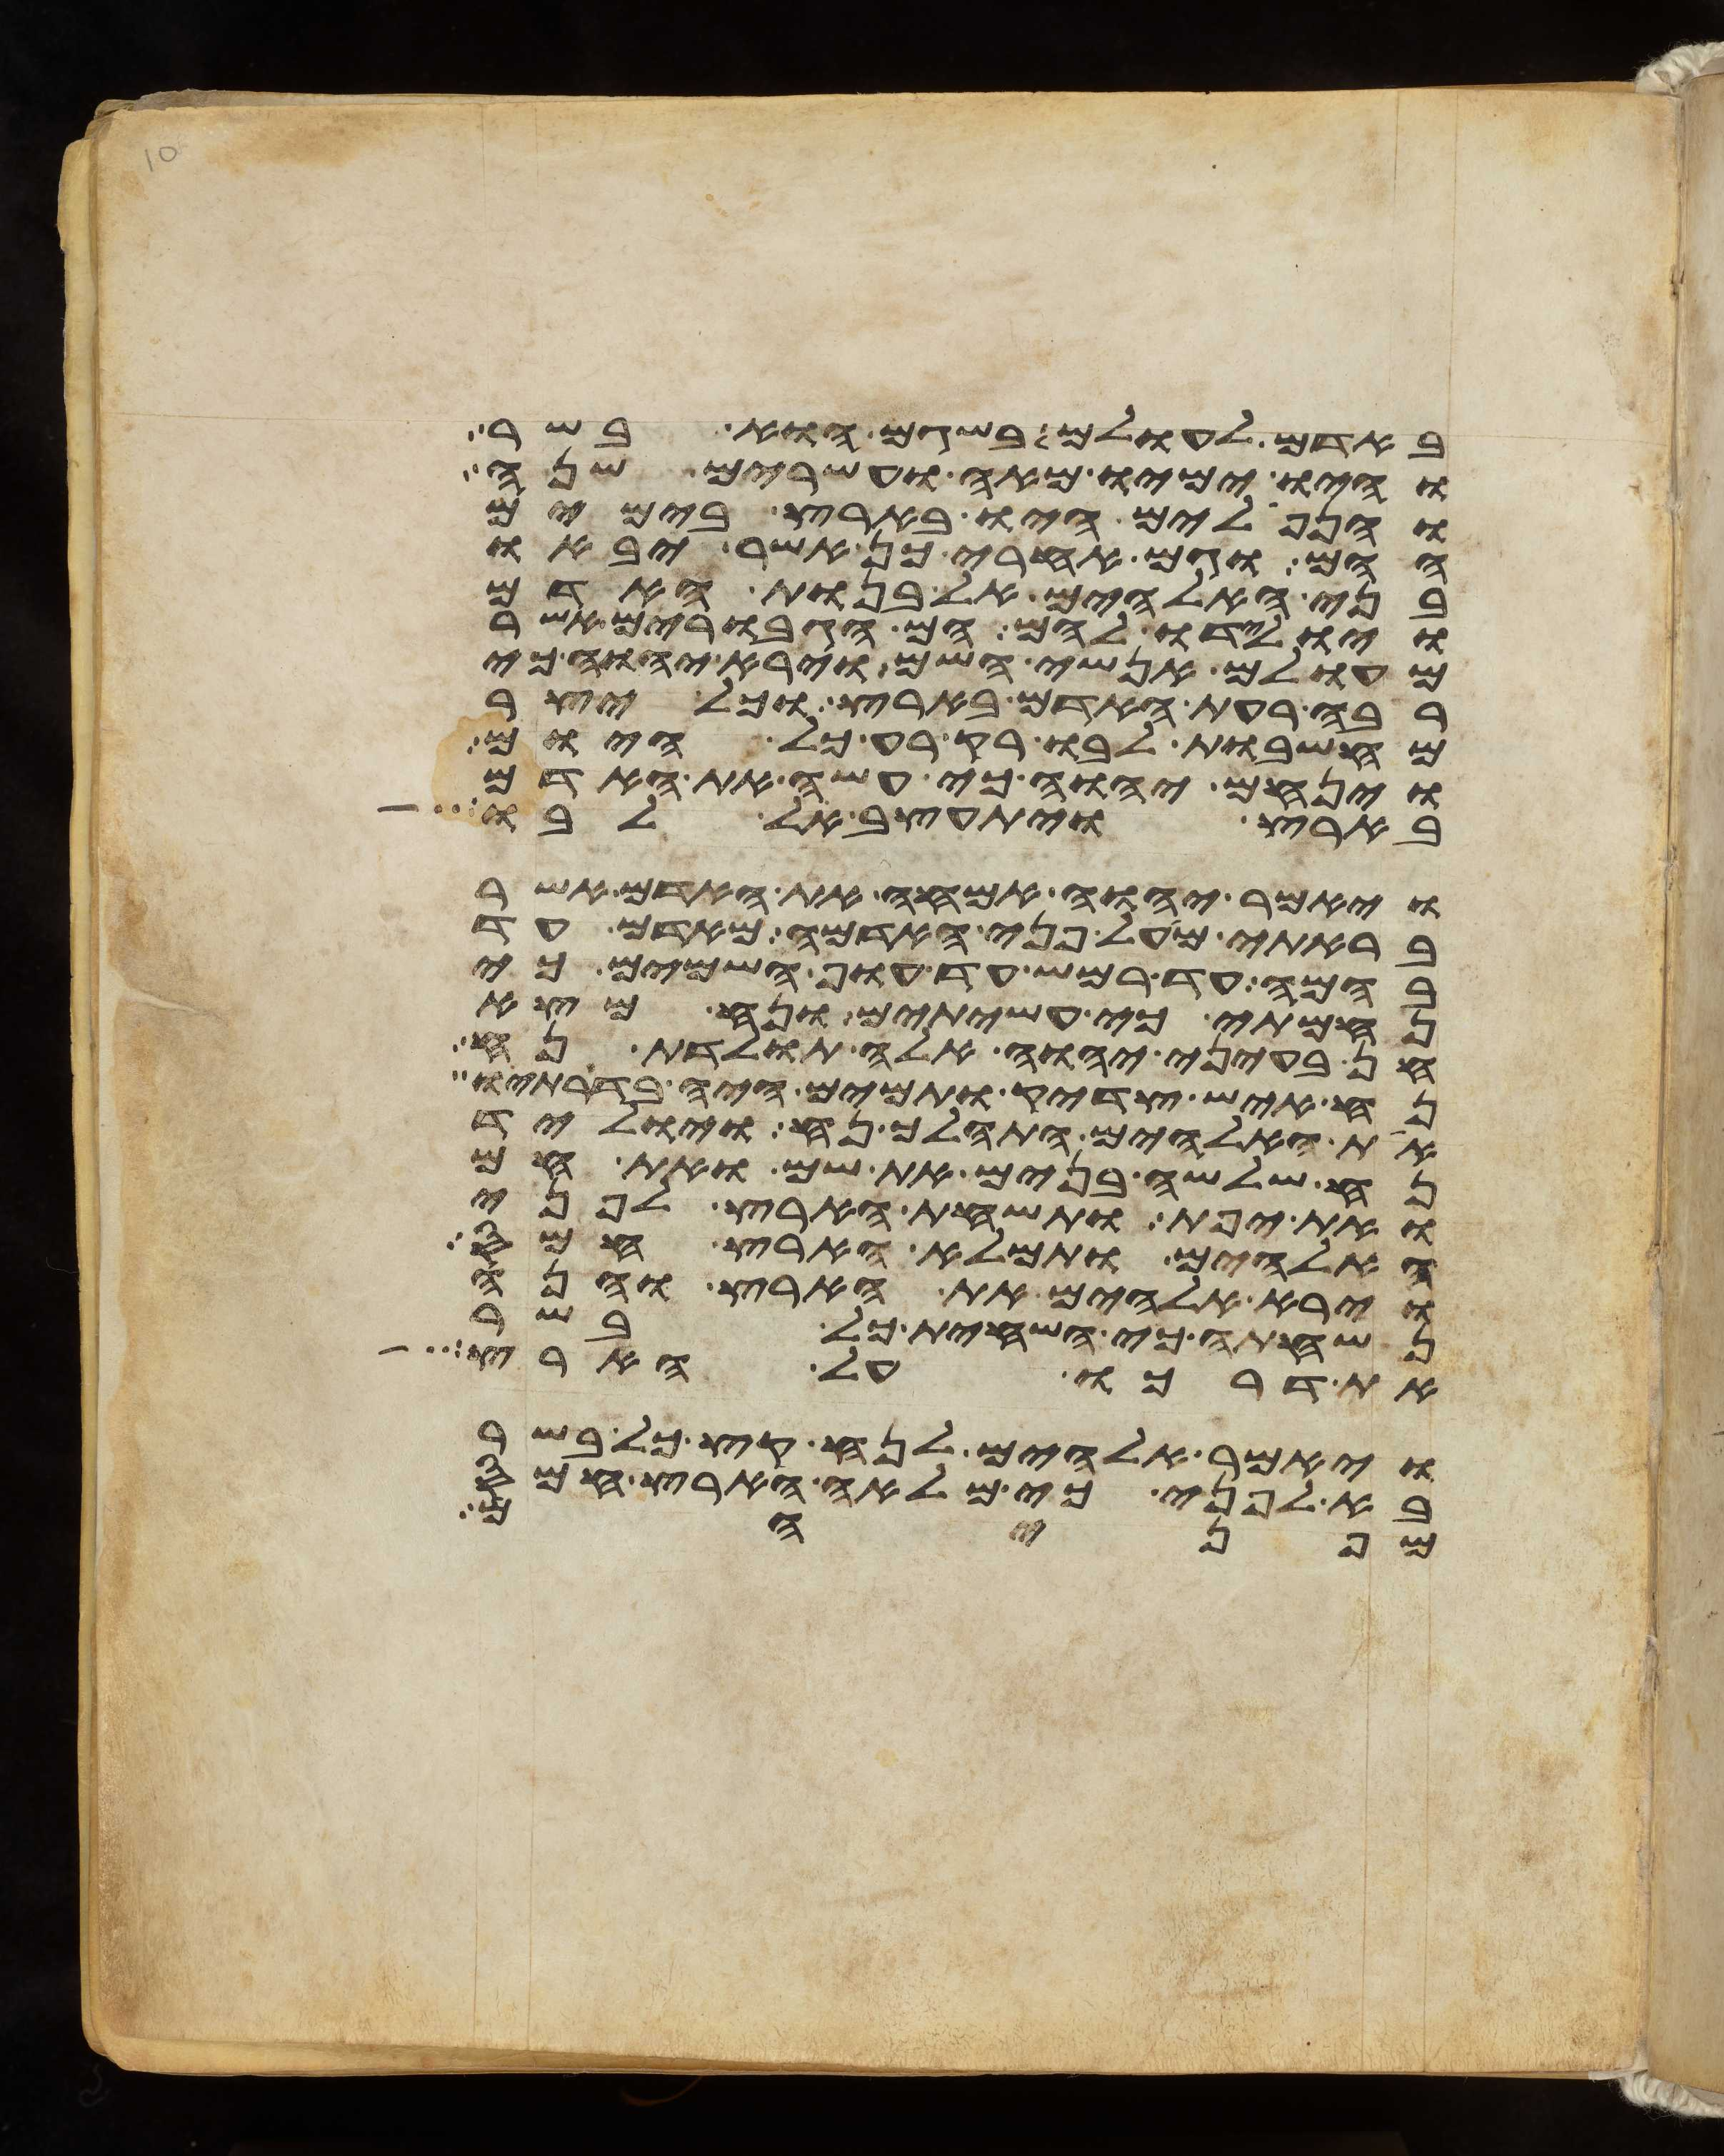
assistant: באדם לעולם בשגם הוא בשר
והיו ימיו מאה ועשרים שנה
והנפלים היו בארץ בימים
ההם וגם אחרי כן אשר יבאו
בני האלהים אל בנות האדם
ויולידו להם הם הגבורים אשר
מעולם אנשי השם וירא יהוה כי
רבה רעת האדם בארץ וכל יצר
מחשבות לבו רק רע כל היום
וינחם יהוה כי עשה את האדם
בארץ ויתעצב אל לבו
ויאמר יהוה אמחה את האדם אשר
בראתי מעל פני האדמה מאדם עד
בהמה עד רמש עד עוף השמים כי
נחמתי כי עשיתים ונח מצא
חן בעיני יהוה אלה תולדת נח
נח איש צדיק ותמים היה בדרתיו
את האלהים התהלך נח ויוליד
נח שלשה בנים את שם ואת חם
ואת יפת ותשחת הארץ לפני
האלהים ותמלא הארץ חמס
וירא אלהים את הארץ והנה
נשחתה כי השחית כל בשר
את דרכו על הארץ
ויאמר אלהים לנח קץ כל בשר
בא לפני כי מלאה הארץ חמס
מפניהם